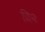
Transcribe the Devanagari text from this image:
टि२